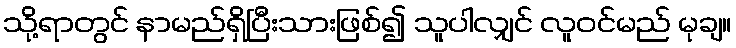
သို့ရာတွင် နာမည်ရှိပြီးသားဖြစ်၍ သူပါလျှင် လူဝင်မည် မုချ။